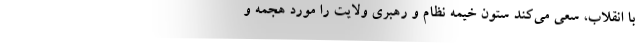
با انقلاب، سعی می‌کند ستون خیمه نظام و رهبری ولایت را مورد هجمه و